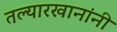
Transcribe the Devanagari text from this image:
तल्यारखानांनी